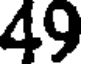
49